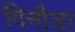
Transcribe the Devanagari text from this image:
दिनौङा